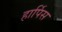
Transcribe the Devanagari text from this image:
हार्पिस